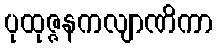
ပုထုဇ္ဇနကလျာဏိကာ